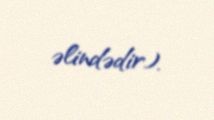
əlindədir).